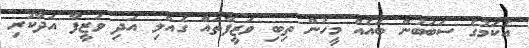
އެކަމުގެ ސަބަބުން ބައެއް މީހުން ތިބި ވަޒީފާތައް ގެއްލި އަދި ވަޒީފާ އަދާކުރި